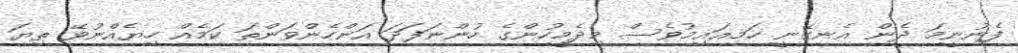
ފެނުނީމަ ދެން އެނގޭނީ ހަމޣައިމުވެސް މިދެމީހުންގެ ހުންނަފަދަ އަންހެންވަންތަ ކަމެއް ހިޔެއްނުވޭ ތިޔަ